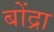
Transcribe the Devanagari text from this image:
बोंद्रा